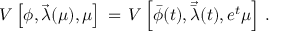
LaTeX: { \cal V } \left[ \phi , { \vec { \lambda } } ( \mu ) , \mu \right] \, = \, { \cal V } \left[ { \bar { \phi } } ( t ) , { \vec { \bar { \lambda } } } ( t ) , e ^ { t } \mu \right] \, .